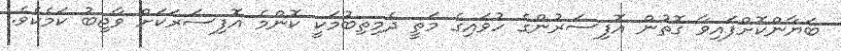
ބަޔާންކޮށްފައިވާ ގޮތުން އޮފިސަރުންގެ ހުވައިގެ މަތީ ދެމިތިބުމަކީ ކޮންމެ އޮފިސަރަކަށް ވާޖިބު ކަމެކެވެ.